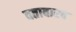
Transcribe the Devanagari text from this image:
वतावारव